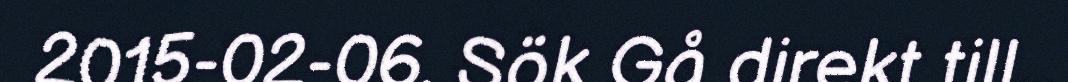
2015-02-06. Sök Gå direkt till...